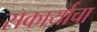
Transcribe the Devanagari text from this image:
सकार्याचा